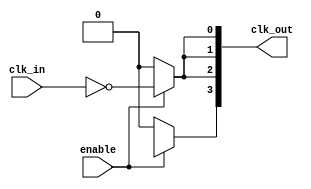
module ClockTreeBuffer (
    input  wire clk_in,           // Input clock signal
    input  wire enable,           // Enable signal for power management
    output wire [N-1:0] clk_out   // Clock output ports (N outputs)
);

parameter N = 4;                  // Number of clock outputs
parameter BUFFER_STAGES = 3;     // Number of buffer stages

// Internal signals
wire [BUFFER_STAGES-1:0] stage_out [0:N-1];

// Multi-stage Buffer
genvar i, j;
generate
    for (i = 0; i < N; i = i + 1) begin: clock_buffer
        wire clk_buf;
        
        // Hierarchical stages for each output
        assign stage_out[0][i] = clk_in;  // First stage input is the main clock
        
        for (j = 0; j < BUFFER_STAGES; j = j + 1) begin: buffer_stages
            if (j == 0) begin
                // First stage: directly buffer the input
                assign stage_out[j][i] = ~stage_out[j][i];
            end else begin
                // Subsequent stages
                assign stage_out[j][i] = ~stage_out[j-1][i];
            end
        end
        
        // Final output
        assign clk_out[i] = enable ? stage_out[BUFFER_STAGES-1][i] : 1'b0;  // Gated output
    end
endgenerate

endmodule